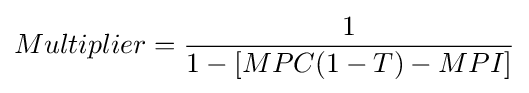
Multiplier={\frac {1}{1-[MPC(1-T)-MPI]}}